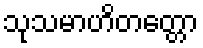
သုသမာဟိတတ္တော